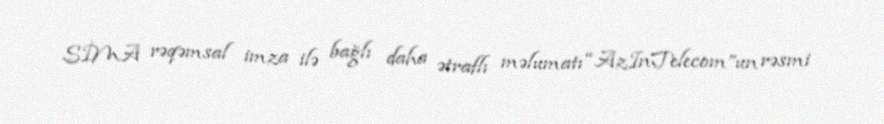
SİMA rəqəmsal imza ilə bağlı daha ətraflı məlumatı “AzInTelecom”un rəsmi